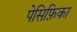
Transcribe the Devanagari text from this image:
पेसिफ़िका